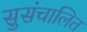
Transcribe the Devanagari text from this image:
सुसंचालित